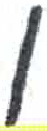
אות: ן